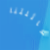
لعائلتنا